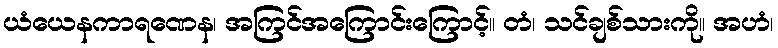
ယံယေနကာရဏေန၊ အကြင်အကြောင်းကြောင့်။ တံ၊ သင်ချစ်သားကို။ အဟံ၊